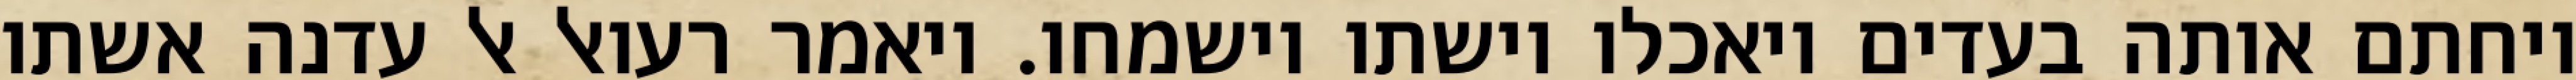
ויחתם אותה בעדים ויאכלו וישתו וישמחו. ויאמר רעואל אל עדנה אשתו